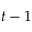
t - 1